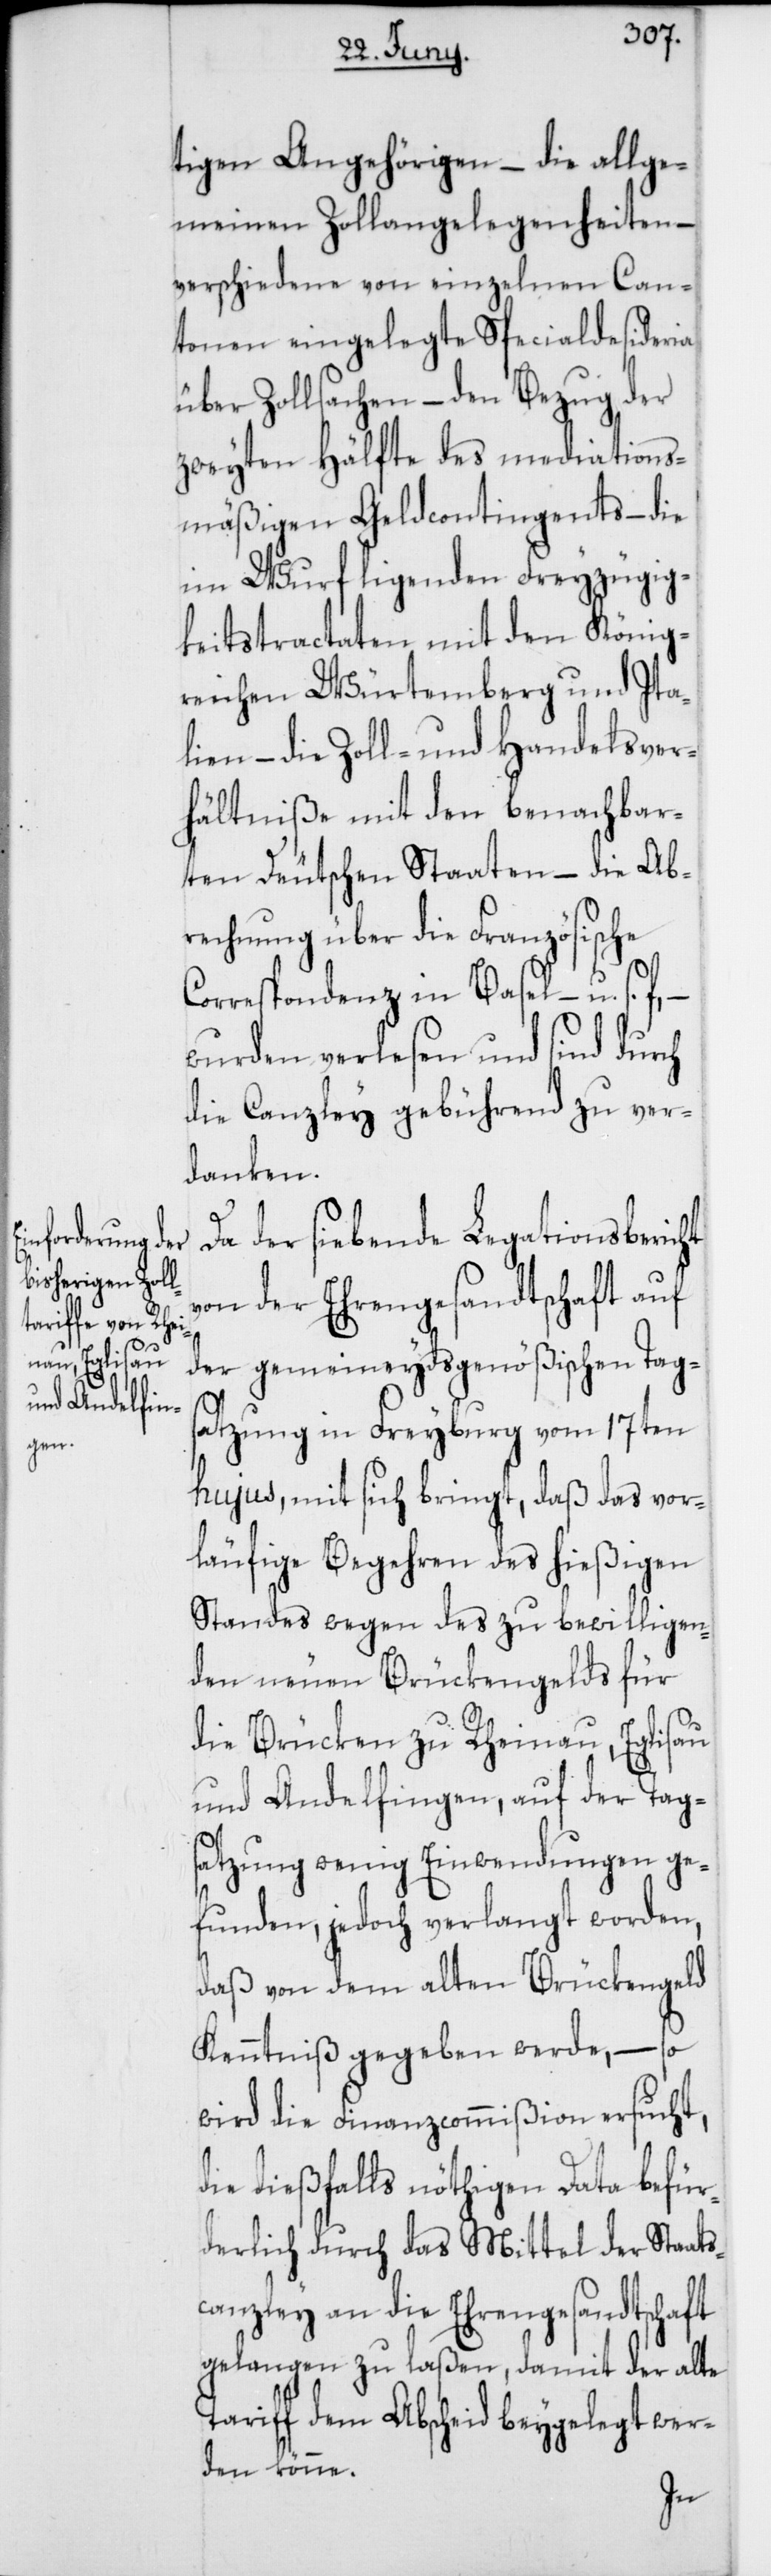
tigen Angehörigen – die allge¬
meinen Zollangelegenheiten –
verschiedene von einzelnen Can¬
tonen eingelegte Specialdesideria
über Zollsachen – den Bezug der
zweyten Hälfte des mediations¬
mäßigen Geldcontingents – die
im Wurf ligenden Freyzügig¬
keitstractaten mit den König¬
reichen Würtemberg und Ita¬
lien – die Zoll- und Handelsver¬
hältniße mit den benachbar¬
ten Deutschen Staaten – die Ab¬
rechnung über die Französische
Correspondenz in Basel, – u. s.
wurden verlesen und sind durch
die Canzley gebührend zu ver¬
danken.
Da der siebende Legationsbericht
von der Ehrengesandtschaft auf
der gemeineydsgenößischen Tags¬
atzung in Freyburg vom 17ten
hujus, mit sich bringt, daß das vor¬
läufige Begehren des hießigen
Standes wegen des zu bewilligen¬
den neuen Brückengelds für
die Brücken zu Rheinau, Eglisau
und Andelfingen, auf der Tag¬
satzung wenig Einwendungen ge¬
funden, jedoch verlangt worden,
daß von dem alten Brückengeld
Kenntniß gegeben werde, – so
wird die Finanzcommißion ersucht,
die dießfalls nöthigen Data befür¬
derlich durch das Mittel der Staats¬
canzley an die Ehrengesandtschaft
gelangen zu laßen, damit der alte
Tariff dem Abscheid beygelegt wer¬
den könne.